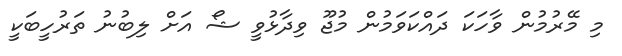
މި މޭރުމުން ވާހަކަ ދައްކަވަމުން މުޖޫ ވިދާޅުވީ ޝޯ އަށް ލިބުނު ތަރުހީބަކީ